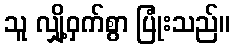
သူ လျှို့ဝှက်စွာ ပြုံးသည်။